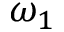
\omega _ { 1 }